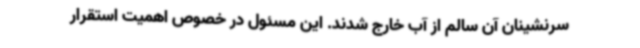
سرنشینان آن سالم از آب خارج شدند. این مسئول در خصوص اهمیت استقرار